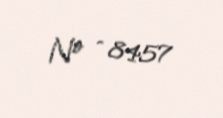
№ - 8457